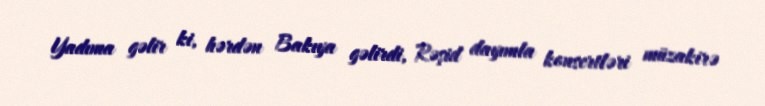
Yadıma gəlir ki, hərdən Bakıya gəlirdi, Rəşid dayımla konsertləri müzakirə